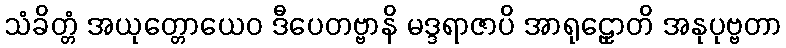
သံခိတ္တံ အယုတ္တောယေဝ ဒီပေတဗ္ဗာနိ မဒ္ဒရာဇာပိ အာရုဠှောတိ အနုပုဗ္ဗတာ